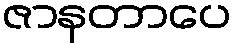
ဇာနတာပေ